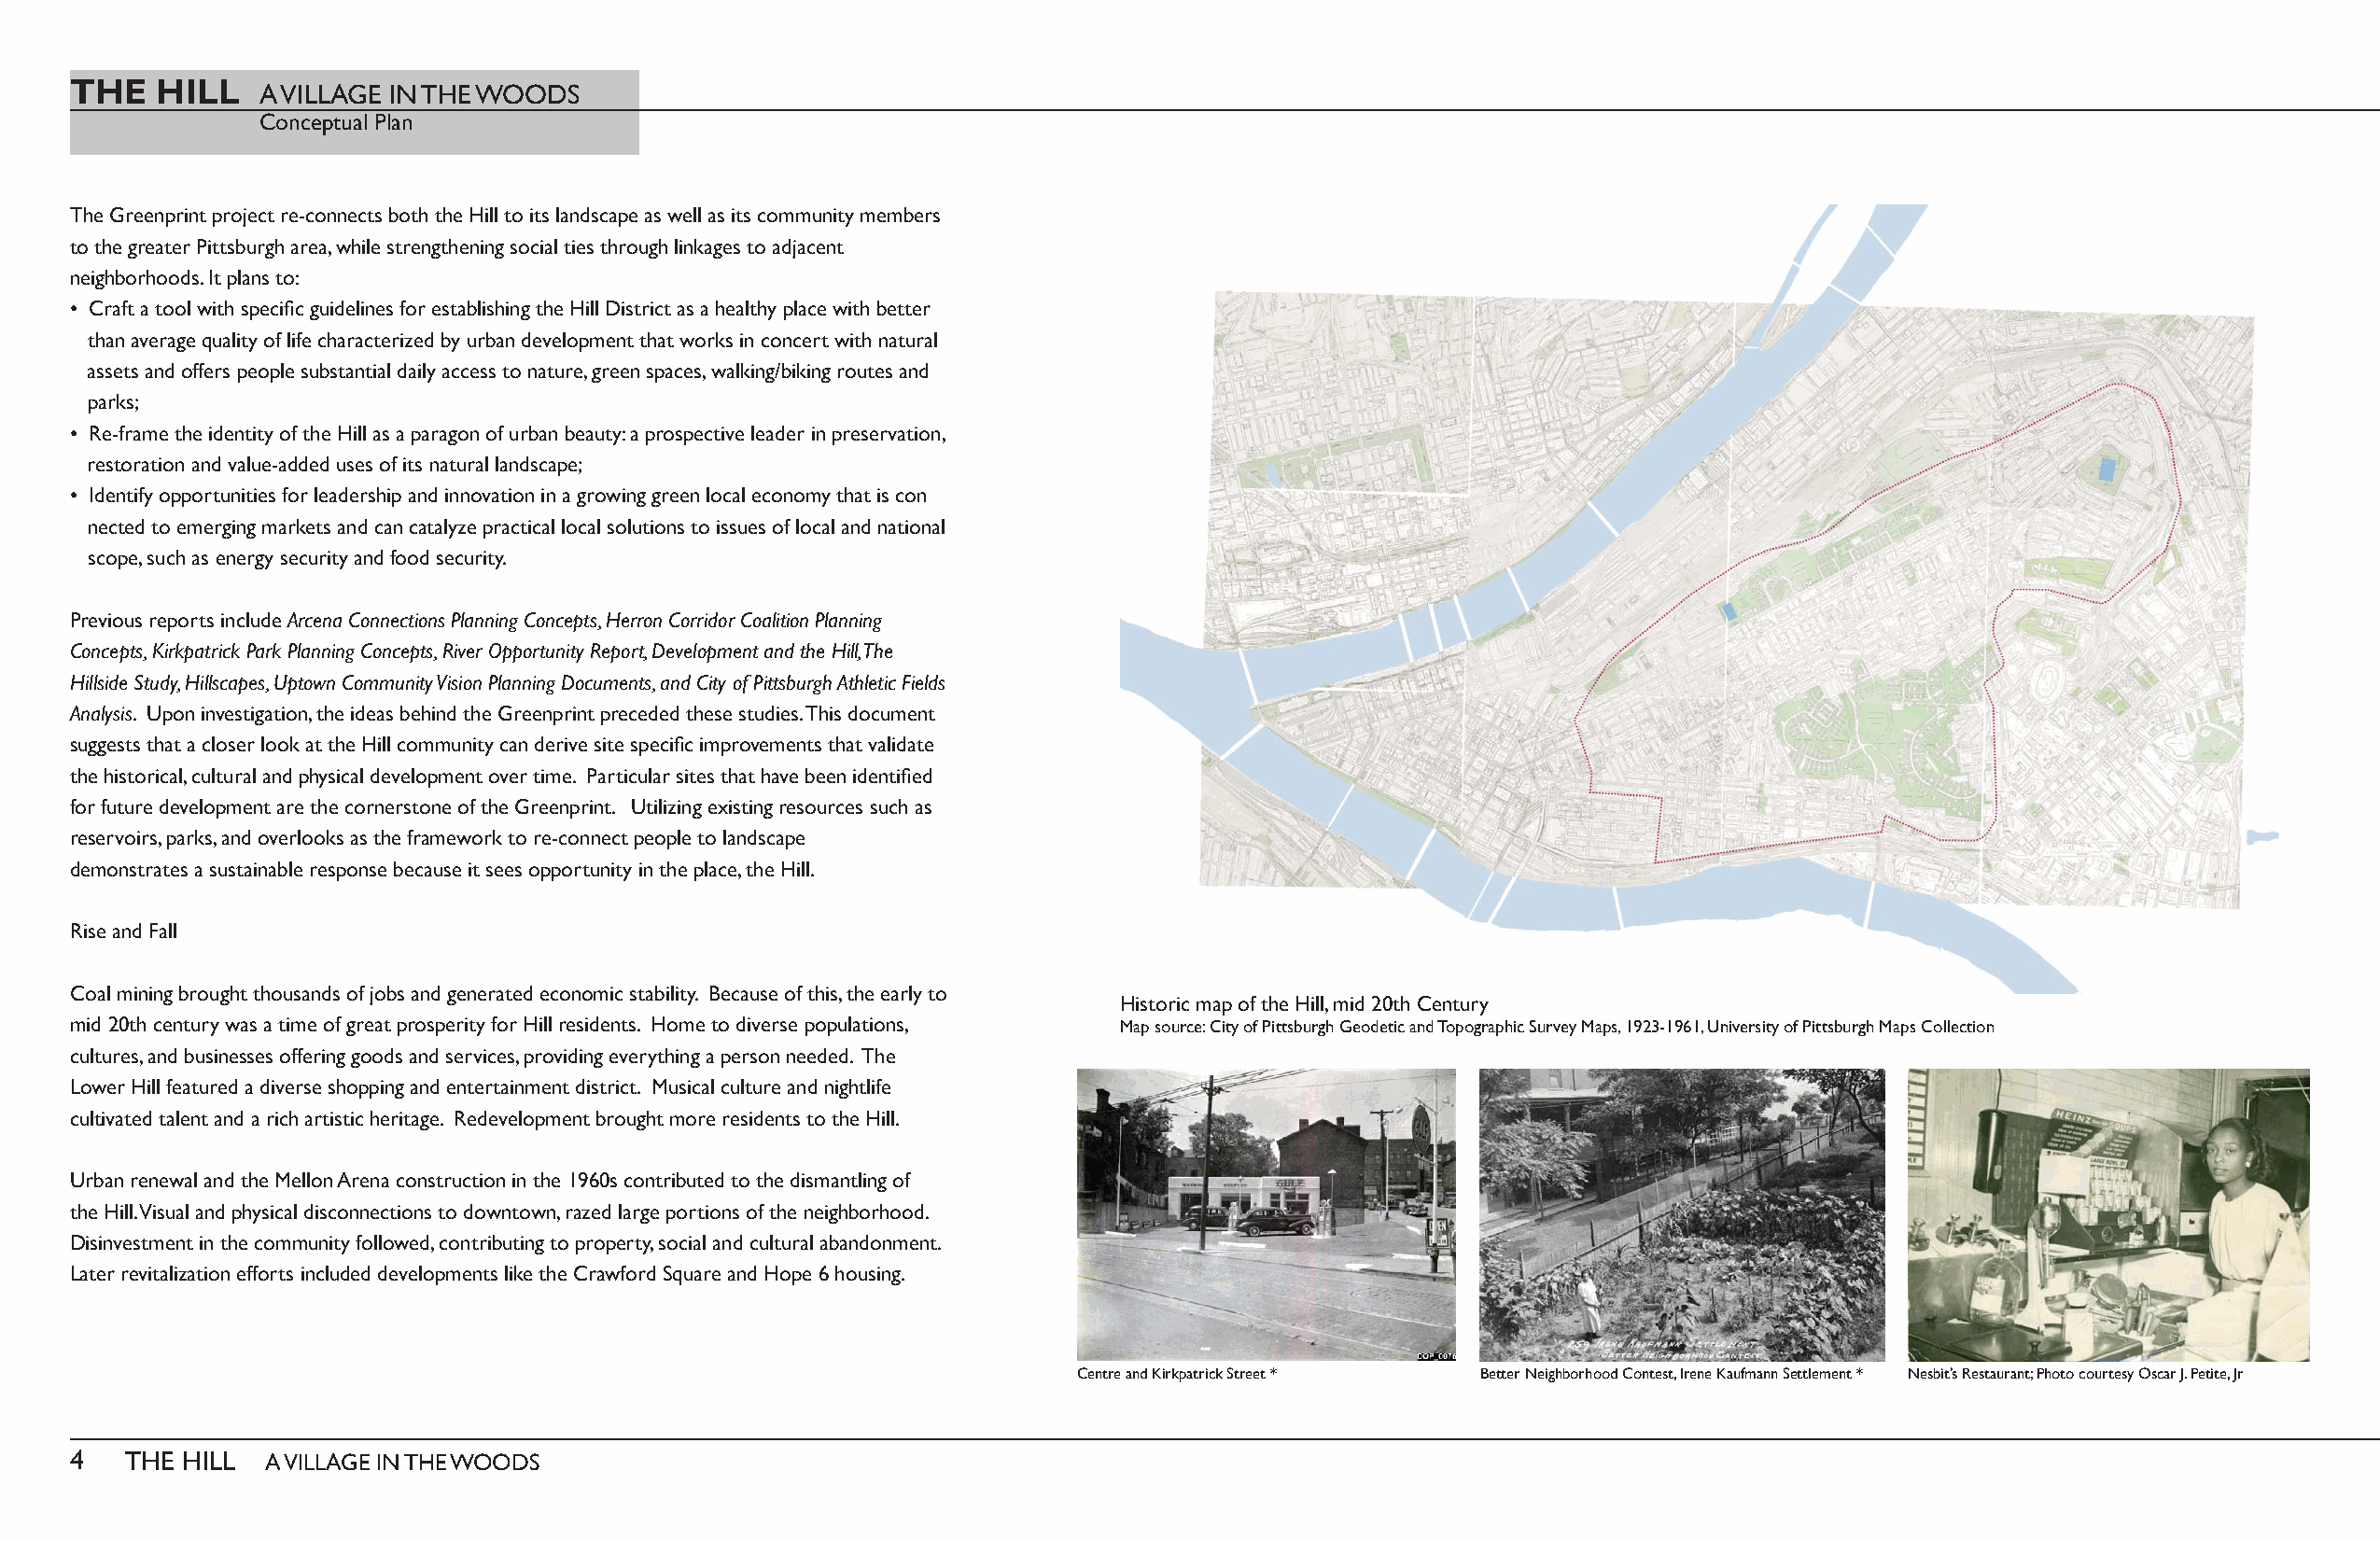
THE   HILL
 A VILLAGE IN THE WOODS
 Conceptual Plan
 The Greenprint project re-connects both the Hill to its landscape as well as its community members
 to the greater Pittsburgh area, while strengthening social ties through linkages to adjacent
 neighborhoods. It plans to:
 • Craft a tool with specifi c guidelines for establishing the Hill District as a healthy place with better
 than average quality of life characterized by urban development that works in concert with natural
 assets and offers people substantial daily access to nature, green spaces, walking/biking routes and
 parks;
 • Re-frame the identity of the Hill as a paragon of urban beauty: a prospective leader in preservation,
 restoration and value-added uses of its natural landscape;
 • Identify opportunities for leadership and innovation in a growing green local economy that is con
 nected to emerging markets and can catalyze practical local solutions to issues of local and national
 scope, such as energy security and food security.
 Previous reports include Arcena Connections Planning Concepts, Herron Corridor Coalition Planning
 Concepts, Kirkpatrick Park Planning Concepts, River Opportunity Report, Development and the Hill, The
 Hillside Study, Hillscapes, Uptown Community Vision Planning Documents, and City of Pittsburgh Athletic Fields
 Analysis. Upon investigation, the ideas behind the Greenprint preceded these studies. This document
 suggests that a closer look at the Hill community can derive site specifi c improvements that validate
 the historical, cultural and physical development over time. Particular sites that have been identifi ed
 for future development are the cornerstone of the Greenprint. Utilizing existing resources such as
 reservoirs, parks, and overlooks as the framework to re-connect people to landscape
 demonstrates a sustainable response because it sees opportunity in the place, the Hill.
 Rise and Fall
 Coal mining brought thousands of jobs and generated economic stability. Because of this, the early to
 Historic map of the Hill, mid 20th Century
 mid 20th century was a time of great prosperity for Hill residents. Home to diverse populations, Map source: City of Pittsburgh Geodetic and Topographic Survey Maps, 1923-1961, University of Pittsburgh Maps Collection
 cultures, and businesses offering goods and services, providing everything a person needed. The
 Lower Hill featured a diverse shopping and entertainment district. Musical culture and nightlife
 cultivated talent and a rich artistic heritage. Redevelopment brought more residents to the Hill.
 Urban renewal and the Mellon Arena construction in the 1960s contributed to the dismantling of
 the Hill. Visual and physical disconnections to downtown, razed large portions of the neighborhood.
 Disinvestment in the community followed, contributing to property, social and cultural abandonment.
 Later revitalization efforts included developments like the Crawford Square and Hope 6 housing.
 Centre and Kirkpatrick Street * Better Neighborhood Contest, Irene Kaufmann Settlement * Nesbit’s Restaurant; Photo courtesy Oscar J. Petite, Jr
 4   THE HILL  A VILLAGE IN THE WOODS